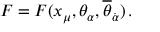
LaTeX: F = F ( x _ { \mu } , \theta _ { \alpha } , { \overline { { \theta } } } _ { \dot { \alpha } } ) \, .